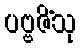
ပဗ္ဗဇိံသု